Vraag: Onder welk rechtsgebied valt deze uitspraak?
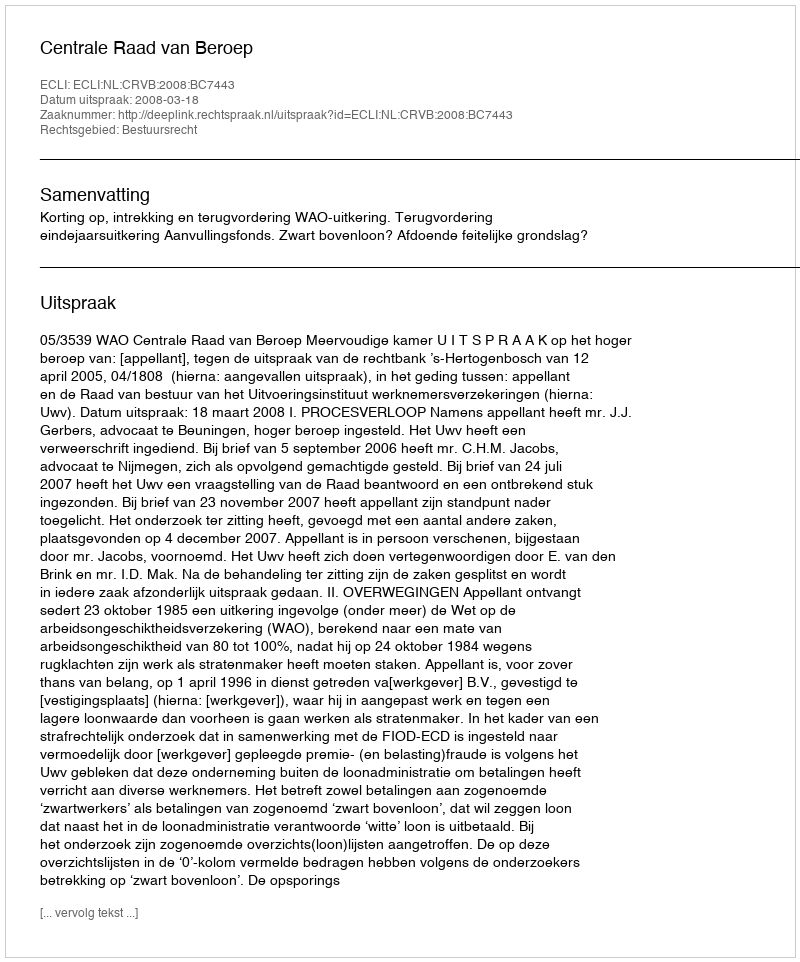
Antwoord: Bestuursrecht